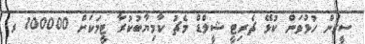
ސީޒަން ހުޅުވަން ކުޅޭ ޗެރިޓީ ޝީލްޑް މެޗު ކާމިޔާބުކުރާ ޓީމަކަށް 100000 ރ.